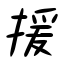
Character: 援